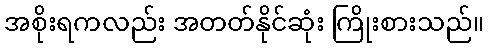
အစိုးရကလည်း အတတ်နိုင်ဆုံး ကြိုးစားသည်။